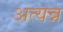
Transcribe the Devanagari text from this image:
अत्यन्न